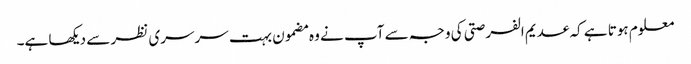
معلوم ہوتا ہے کہ عدیم الفرصتی کی وجہ سے آپ نے وہ مضمون بہت سرسری نظر سے دیکھا ہے۔